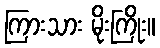
ကြားသား မိုးကြိုး။